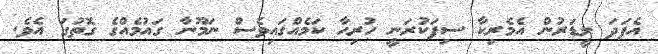
އެފަދަ ލީޑަރުން އެމެރިކާ ސިފަކުރަނީ ހުރިހާ ކަމެއްގައިވެސް ނަމޫނާ ގައުމެއްގެ ގޮތުގަ އެވެ.